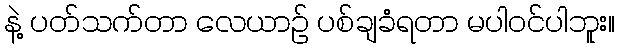
နဲ့ ပတ်သက်တာ လေယာဉ် ပစ်ချခံရတာ မပါဝင်ပါဘူး။